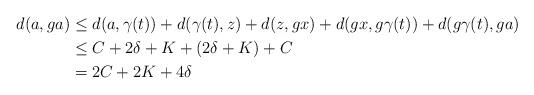
LaTeX: \begin{align*} d(a, ga) &\leq d(a, \gamma (t)) + d(\gamma (t), z) + d(z, gx) + d(gx, g \gamma (t)) + d(g \gamma (t), ga) \\ &\leq C + 2\delta + K + (2\delta + K) + C \\ &= 2 C + 2K + 4\delta\end{align*}